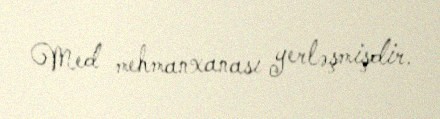
Med mehmanxanası yerləşmişdir.